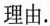
理由。